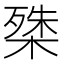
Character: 𭫔